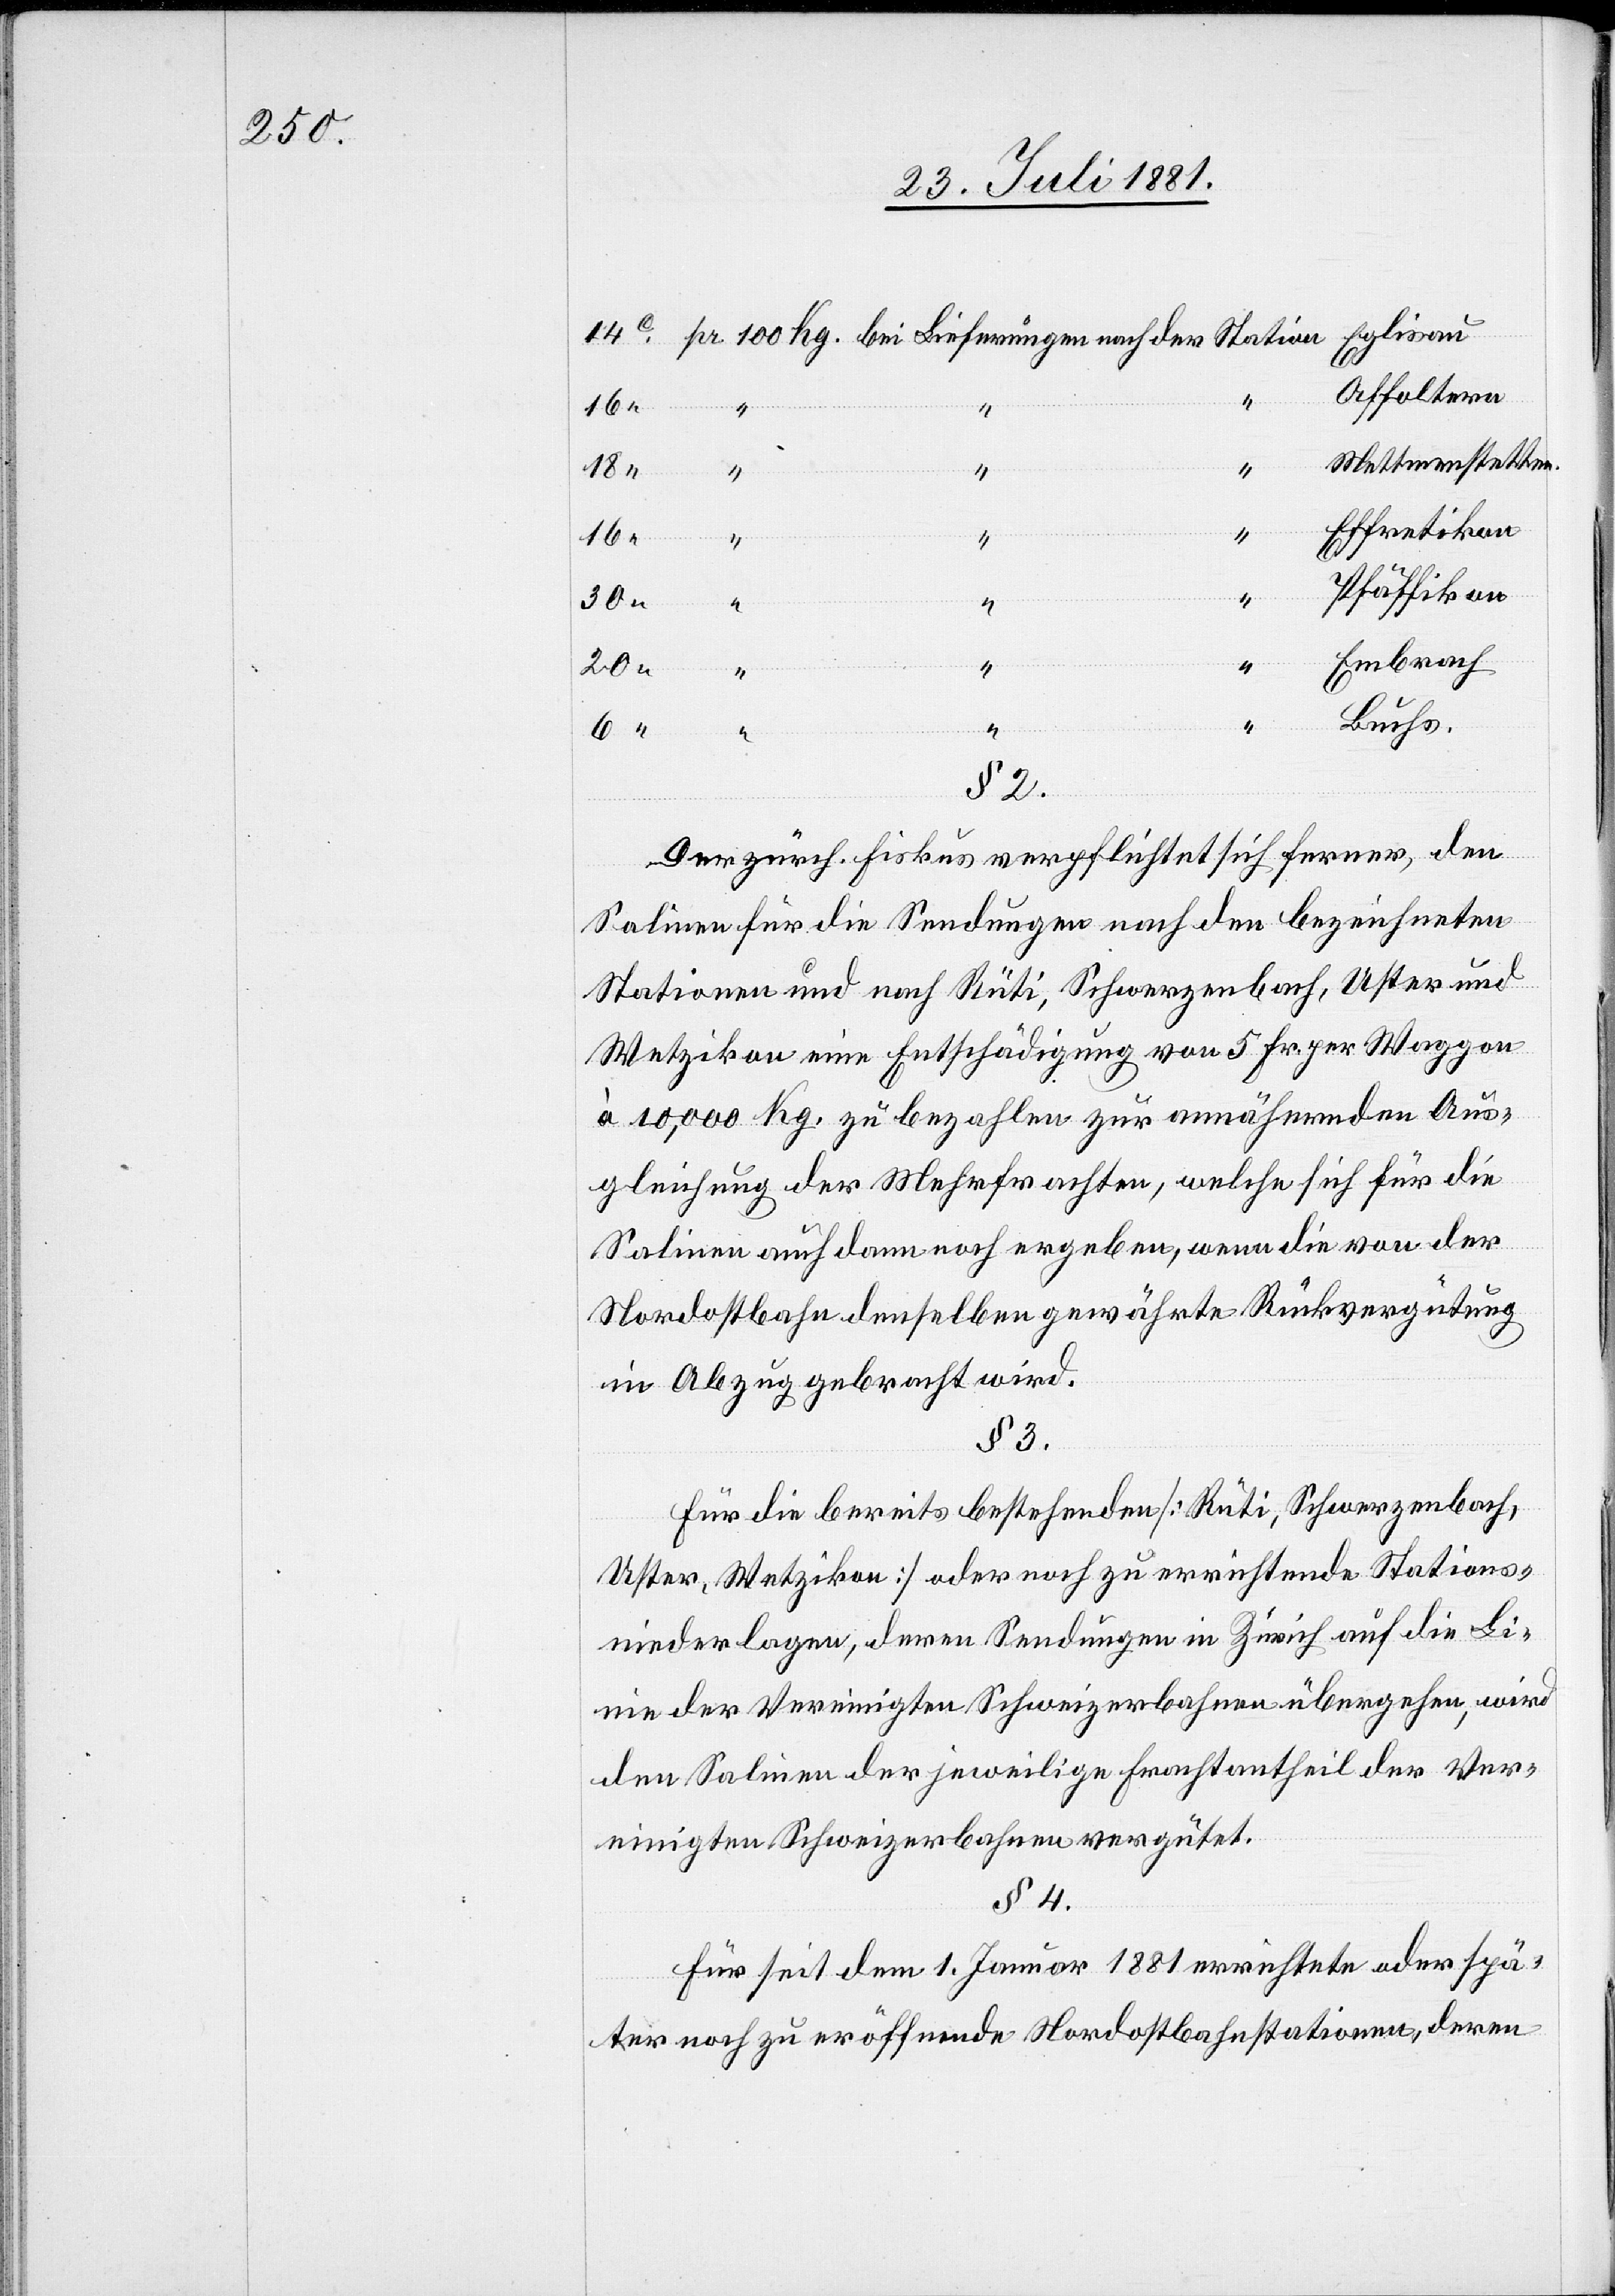
Affoltern
Mettmenstetten
100
Effretikon
Pfäffikon
30”
der
Embrach
Buchs
§ 2.
Der zürch. Fiskus verpflichtet sich ferner, den
Salinen für die Sendungen nach den bezeichneten
Stationen und nach Rüti, Schwerzenbach, Uster und
Wetzikon eine Entschädigung von 5 Fr. per Waggon
à 10,000 Kg. zu bezahlen zur annähernden Aus¬
gleichung der Mehrfrachten, welche sich für die
Salinen auch dann noch ergeben, wenn die von der
Nordostbahn denselben gewährte Rückvergütung
in Abzug gebracht wird.
§ 3.
Für die bereits bestehenden [Rüti, Schwerzenbach,
Uster, Wetzikon] oder noch zu errichtende Stations¬
niederlagen, deren Sendungen in Zürich auf die Li¬
nie der Vereinigten Schweizerbahnen übergehen, wird
den Salinen der jeweilige Frachtantheil der Ver¬
einigten Schweizerbahnen vergütet.
§ 4.
Für seit dem 1. Januar 1881 errichtete oder spä¬
ter noch zu eröffnende Nordostbahnstationen, deren